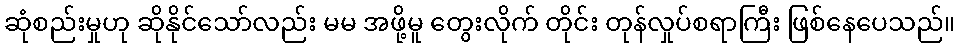
ဆုံစည်းမှုဟု ဆိုနိုင်သော်လည်း မမ အဖို့မူ တွေးလိုက် တိုင်း တုန်လှုပ်စရာကြီး ဖြစ်နေပေသည်။